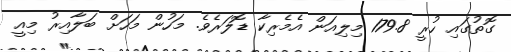
ގޮތުގައި ހުރީ 179.8 މިލިއަން އެމެރިކާ ޑޮލަރެވެ. މަހުން މަހަށް ބަލާއިރު މިއީ